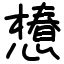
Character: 𢢫